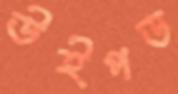
উইপড